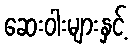
ဆေးဝါးများနှင့်